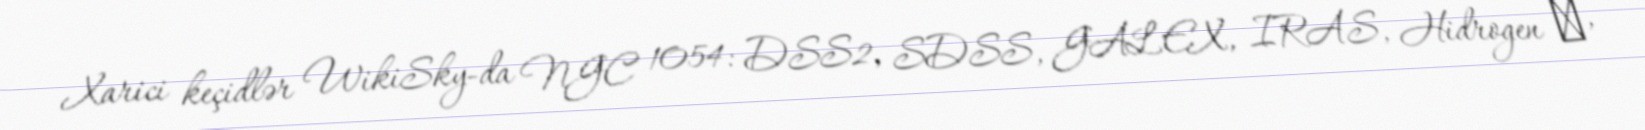
Xarici keçidlər WikiSky-da NGC 1054: DSS2, SDSS, GALEX, IRAS, Hidrogen α,